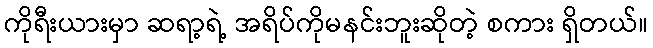
ကိုရီးယားမှာ ဆရာ့ရဲ့ အရိပ်ကိုမနင်းဘူးဆိုတဲ့ စကား ရှိတယ်။